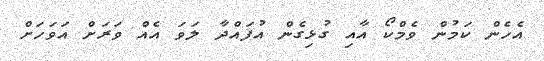
އެހެން ކަމުން ވެމްކޯ އާއި ގުޅިގެން އުފައްދާ ލަވަ އެއް ވަރަށް އަވަހަށް